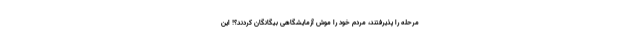
مرحله را پذیرفتند، مردم خود را موش آزمایشگاهی بیگانگان کردند؟! این